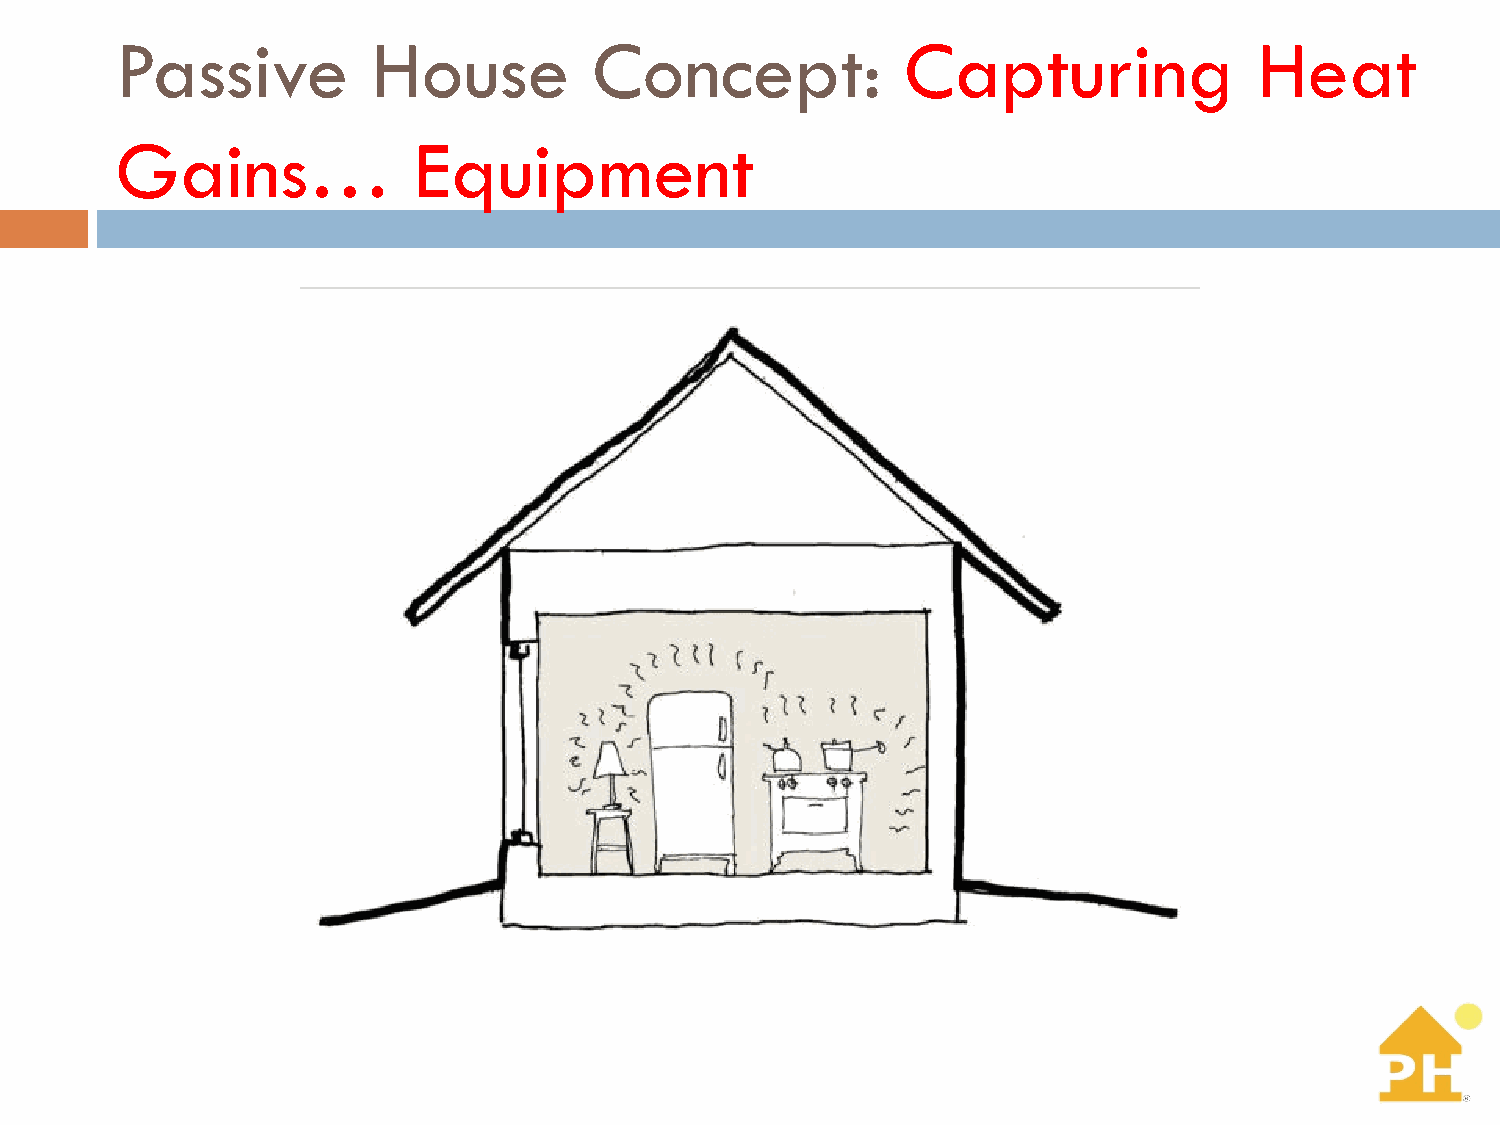
Passive          House         Concept:             Capturing              Heat
 Gains…             Equipment